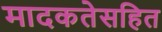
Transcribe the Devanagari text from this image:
मादकतेसहित